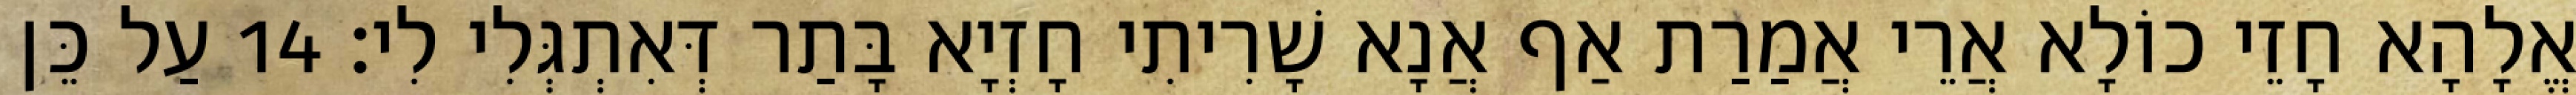
אֱלָהָא חָזֵי כוֹלָא אֲרֵי אֲמַרַת אַף אֲנָא שָׁרִיתִי חָזְיָא בָּתַר דְּאִתְגְּלִי לִי׃ 14 עַל כֵּן